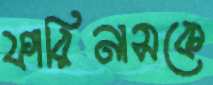
ফারিনাসকে